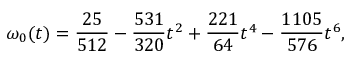
\omega _ { 0 } ( t ) = { \frac { 2 5 } { 5 1 2 } } - { \frac { 5 3 1 } { 3 2 0 } } t ^ { 2 } + { \frac { 2 2 1 } { 6 4 } } t ^ { 4 } - { \frac { 1 1 0 5 } { 5 7 6 } } t ^ { 6 } ,